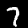
Label: 7